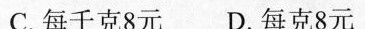
C.每千克8元 D.每克8元